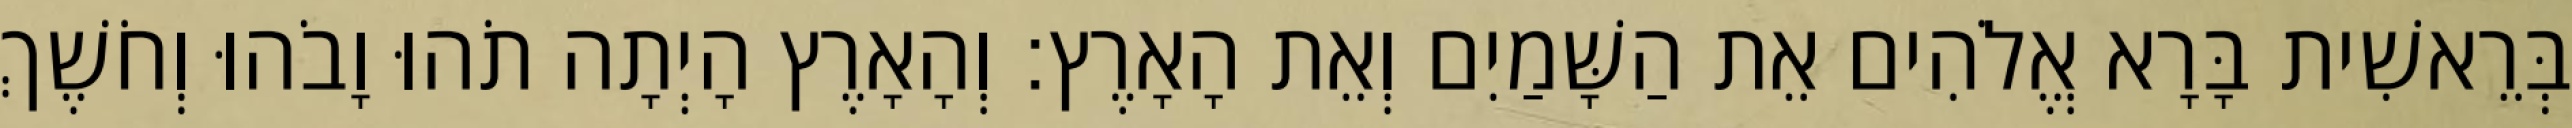
בְּרֵאשִׁית בָּרָא אֱלֹהִים אֵת הַשָּׁמַיִם וְאֵת הָאָרֶץ׃ וְהָאָרֶץ הָיְתָה תֹהוּ וָבֹהוּ וְחֹשֶׁךְ